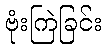
ဗုံးကြဲခြင်း